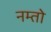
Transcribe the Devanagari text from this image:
नम्तो